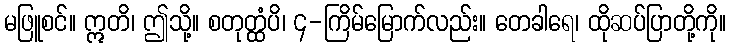
မဖြူစင်။ ဣတိ၊ ဤသို့။ စတုတ္ထံပိ၊ ၄-ကြိမ်မြောက်လည်း။ တေခါရေ၊ ထိုဆပ်ပြာတို့ကို။